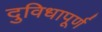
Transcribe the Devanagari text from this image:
दुविधापूर्ण